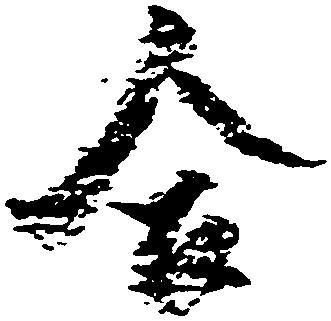
合